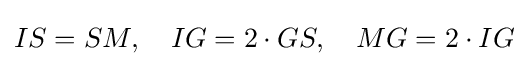
IS=SM,\quad IG=2\cdot GS,\quad MG=2\cdot IG